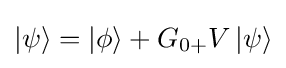
\left|\psi \right\rangle =\left|\phi \right\rangle +{G_{0+}}V\left|\psi \right\rangle